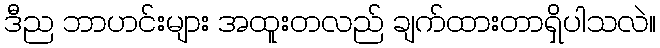
ဒီည ဘာဟင်းများ အထူးတလည် ချက်ထားတာရှိပါသလဲ။